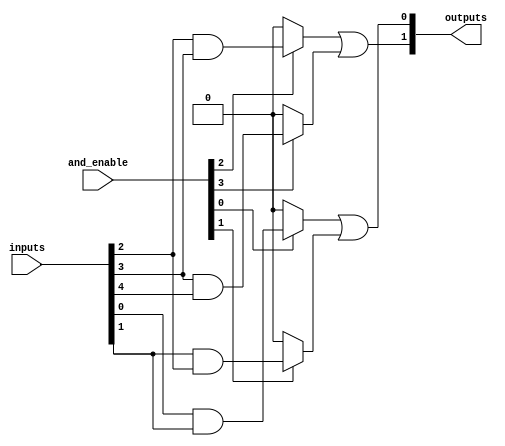
module hs_pal #(
    parameter NUM_INPUTS = 8,  // Number of input signals
    parameter NUM_AND_GATES = 4, // Number of programmable AND gates
    parameter NUM_OR_GATES = 2   // Number of fixed OR gates
)(
    input wire [NUM_INPUTS-1:0] inputs,  // Input signals
    input wire [NUM_AND_GATES-1:0] and_enable, // Enable signals for AND gates
    output wire [NUM_OR_GATES-1:0] outputs  // Output signals
);

// Internal signals for AND gate outputs
wire [NUM_AND_GATES-1:0] and_outputs [NUM_AND_GATES-1:0];

// Programmable AND array
genvar i, j;
generate
    for (i = 0; i < NUM_AND_GATES; i = i + 1) begin : and_gate
        assign and_outputs[i] = (and_enable[i]) ? (inputs[i] & inputs[(i + 1) % NUM_INPUTS]) : 1'b0; // Example connection
    end
endgenerate

// Fixed OR array
assign outputs[0] = and_outputs[0] | and_outputs[1]; // Example OR gate 1
assign outputs[1] = and_outputs[2] | and_outputs[3]; // Example OR gate 2

endmodule